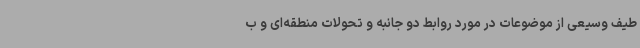
طیف وسیعی از موضوعات در مورد روابط دو جانبه و تحولات منطقه‌ای و ب